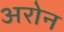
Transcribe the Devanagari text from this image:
अरोन